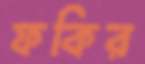
ফকির